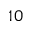
\; 1 0